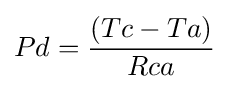
Pd={\frac {(Tc-Ta)}{Rca}}